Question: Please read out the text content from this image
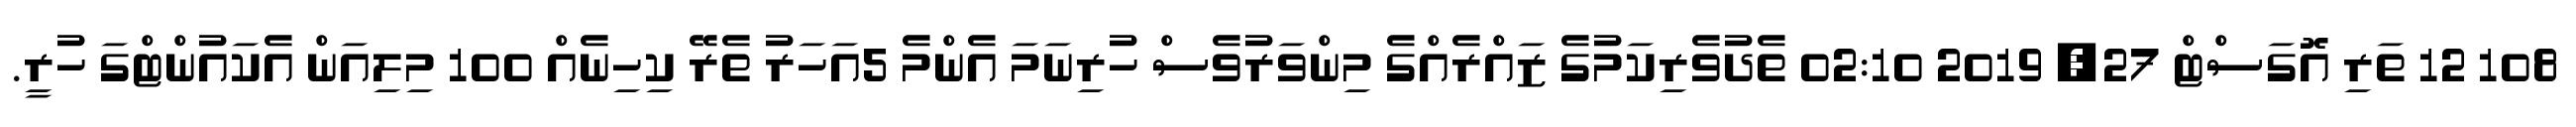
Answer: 108 12 ތަރި އޮގަސްޓް 27, 2019 02:10 ތެދުވެރިކަމުގެ ޒައްރެއްގެ މިންވަރުވެސް ހުރިނަމަ އެންމެ 5އަހަރު ތެރޭ ކިހިނެއް 100 މިލިއަން އެކައުންޓްގަ ހުރީ.